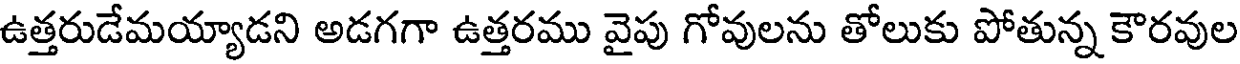
ఉత్తరుడేమయ్యాడని అడగగా ఉత్తరము వైపు గోవులను తోలుకు పోతున్న కౌరవుల